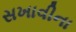
સખાવીના